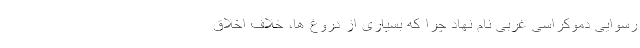
رسوایی دموکراسی غربی نام نهاد چرا که بسیاری از دروغ ها، خلاف اخلاق